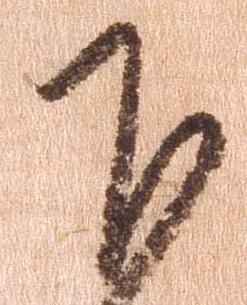
下